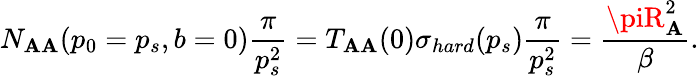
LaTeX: N_{\mathbf{A}\mathbf{A}}(p_{0}=p_{s},b=0)\frac{{\pi}}{{p_{s}^{2}}}=T_{\mathbf{A}\mathbf{A}}(0)\sigma_{hard}(p_{s})\frac{{\pi}}{{p_{s}^{2}}}=\frac{{\piR_{\mathbf{A}}^{2}}}{{\beta}}.